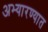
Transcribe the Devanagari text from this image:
अभ्यारण्यात